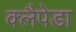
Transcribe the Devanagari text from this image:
क्लैपेडा